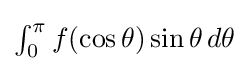
{\textstyle \int _{0}^{\pi }f(\cos \theta )\sin \theta \,d\theta }